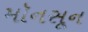
મૉનસૂન